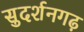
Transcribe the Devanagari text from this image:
सुदर्शनगढ़